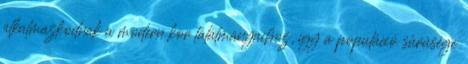
alkalmazkodnak a modern kor találmányaihoz, így a populáció sûrûsége